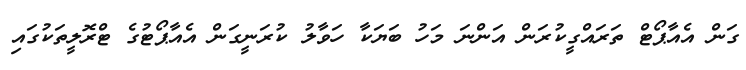
ގަން އެއާޕޯޓް ތަރައްގީކުރަން އަންނަ މަހު ބަޔަކާ ހަވާލު ކުރަނީގަން އެއާޕޯޓުގެ ޓްރޮލީތަކުގައި